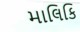
માલિકિ